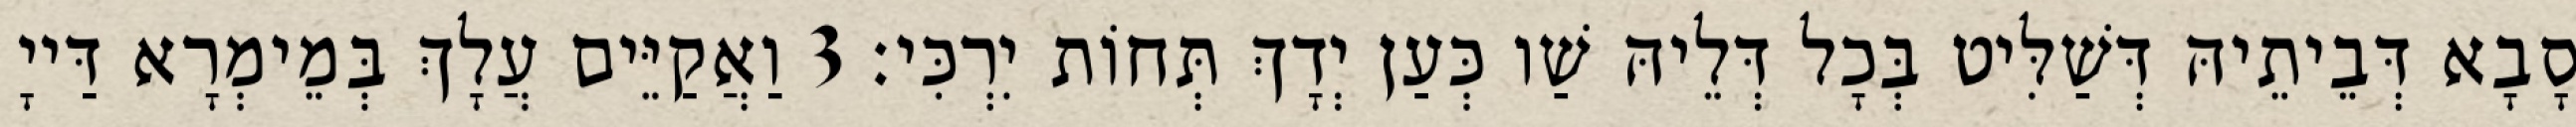
סָבָא דְּבֵיתֵיהּ דְּשַׁלִּיט בְּכָל דְּלֵיהּ שַׁו כְּעַן יְדָךְ תְּחוֹת יִרְכִּי׃ 3 וַאֲקַיֵּים עֲלָךְ בְּמֵימְרָא דַּייָ